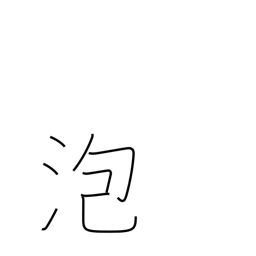
Meaning: foam